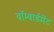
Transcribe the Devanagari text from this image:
बॉम्बार्डमेंट